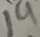
1 9